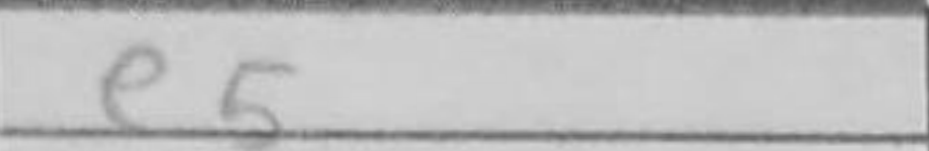
Transcription: e5